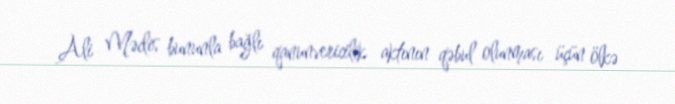
Ali Məclis bununla bağlı qanunvericilik aktının qəbul olunması üçün ölkə